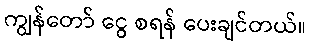
ကျွန်တော် ငွေ စရန် ပေးချင်တယ်။